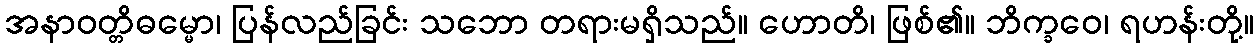
အနာဝတ္တိဓမ္မော၊ ပြန်လည်ခြင်း သဘော တရားမရှိသည်။ ဟောတိ၊ ဖြစ်၏။ ဘိက္ခဝေ၊ ရဟန်းတို့။